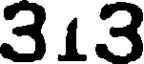
313